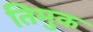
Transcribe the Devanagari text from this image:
तिमुक